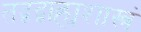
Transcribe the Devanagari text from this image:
तद्वद्बाह्यशास्त्रं